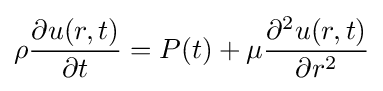
\rho {\frac {\partial u(r,t)}{\partial t}}=P(t)+\mu {\frac {\partial ^{2}u(r,t)}{\partial r^{2}}}